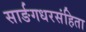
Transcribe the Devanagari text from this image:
सार्ङगधरसंहिता